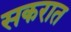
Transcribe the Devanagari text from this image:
सकरात